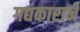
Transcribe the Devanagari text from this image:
गद्यकाराने